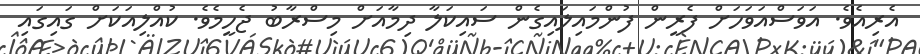
އެރިއެވެ. އަވަސްއަވަހަށް ފެރީން ފުންމައިލައިގެން ސައިކަލާ ދިމާއަށް މިސްރާބު ޖެހީމެވެ. ކުއްލިއަކަށް ގައިގައި